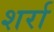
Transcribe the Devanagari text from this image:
शर्रा